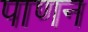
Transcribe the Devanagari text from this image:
पाणन